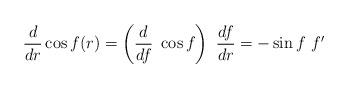
LaTeX: \begin{align*}\frac{d}{dr}\cos f(r)=\left(\frac{d}{df}~\cos f\right)~\frac{df}{dr}=-\sin f~f'\end{align*}